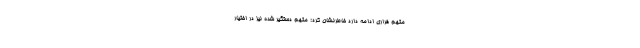
متهم فراری ادامه دارد خاطرنشان کرد: متهم دستگیر شده نیز در اختیار